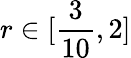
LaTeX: r\in[\frac{3}{10},2]